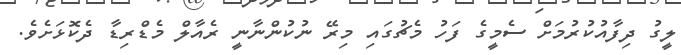
ލީގު ދިފާއުކުރުމަށް ސެމީގެ ފަހު މެޗުގައި މިރޭ ނުކުންނާނީ ރެއާލް މެޑްރިޑާ ދެކޮޅަށެވެ.